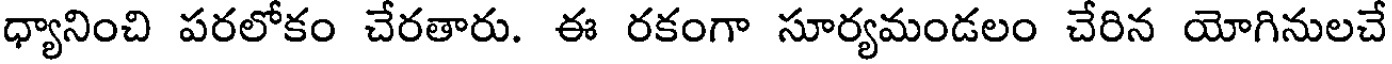
ధ్యానించి పరలోకం చేరతారు. ఈ రకంగా సూర్యమండలం చేరిన యోగినులచే